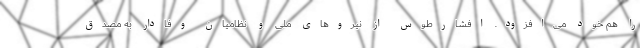
را هم خود می‌افزود. افشارطوس از نیروهای ملی و نظامیان وفادار به مصدق